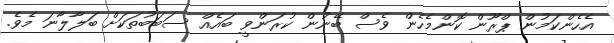
އެހެންކަމުން ޕްރޫން ކޮންމެހެން ވެސް ބޭނުން ކުރަންވީ ބައެއް ސަބަބުތަކަށް ބަލާލާނަ މެވެ.